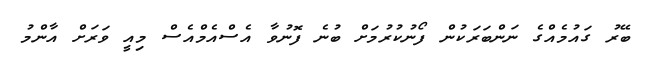
ބޭރު ގައުމެއްގެ ނަންބަރަކުން ފޯނުކުރުމަށް ބުނެ ފޮނުވާ އެސްއެމްއެސް މިއީ ވަރަށް އާންމު